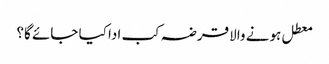
معطل ہونے والا قرضہ کب ادا کیا جائے گا؟